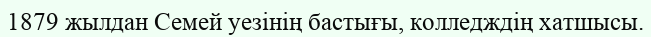
1879 жылдан Семей уезінің бастығы, колледждің хатшысы.